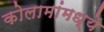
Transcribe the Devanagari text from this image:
कोलामांमध्ये